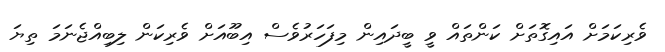
ވެރިކަމަށް އައިގޮތަށް ކަންތައް ވީ ބީދައިން މިފަހަރުވެސް އިބޫއަށް ވެރިކަން ލިބިއްޖެނަމަ ތިޔަ